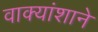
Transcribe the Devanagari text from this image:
वाक्यांशाने